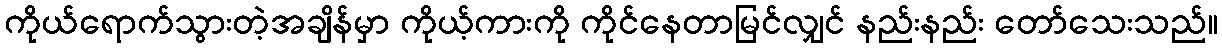
ကိုယ်ရောက်သွားတဲ့အချိန်မှာ ကိုယ့်ကားကို ကိုင်နေတာမြင်လျှင် နည်းနည်း တော်သေးသည်။